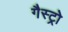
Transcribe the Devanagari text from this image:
गैस्‍ट्रो